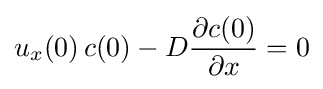
u_{x}(0)\,c(0)-D{\frac {\partial c(0)}{\partial x}}=0